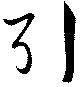
引